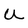
Character: U